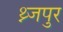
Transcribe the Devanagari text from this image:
थ्न्जपुर